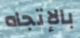
بالإتجاه